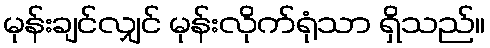
မုန်းချင်လျှင် မုန်းလိုက်ရုံသာ ရှိသည်။